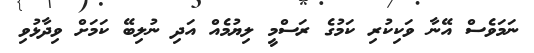
ނަމަވެސް އޭނާ ވަކިކުރި ކަމުގެ ރަސްމީ ލިޔުމެއް އަދި ނުލިބޭ ކަމަށް ވިދާޅުވި